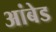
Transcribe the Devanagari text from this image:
आंबेड